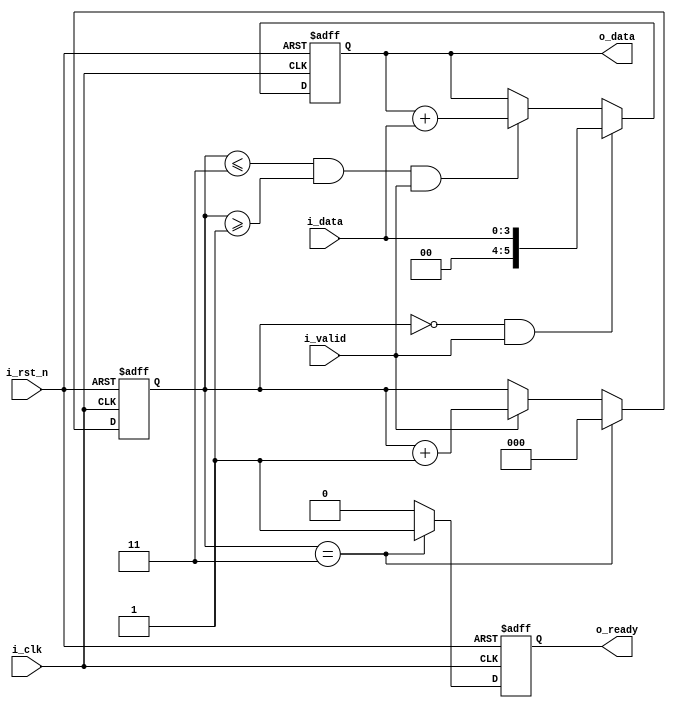
`timescale 1 ns/100 ps

//#1clkq
module add(
	input i_clk,			//	
	input i_rst_n,      //
	input [3:0] i_data,        // 
	input i_valid,      //
	output reg [5:0] o_data,        //
	output reg o_ready       //
 );
 
	reg [2:0] cnt;
	wire [5:0] data;
	
	assign data = {{2{i_data[3]}},i_data};  //
	
	always@(posedge i_clk, negedge i_rst_n) begin
		if(~i_rst_n)
			cnt <= #1 3'b0;
		else if(cnt == 3)
			cnt <= #1 3'b0;
		else if(i_valid)
			cnt <= #1 cnt + 1'b1;
		else
			cnt <= #1 cnt;
	end
	
	always@(posedge i_clk, negedge i_rst_n) begin
		if(!i_rst_n) begin
			o_data <= #1 6'b0;
		end
		else if(cnt == 0 && i_valid)
			o_data <= #1 i_data;
		else if((cnt <= 3 && cnt >= 1) && i_valid) begin
			o_data <= #1 o_data + i_data;  //
		end
		else
			o_data <= o_data;
	end
	
	always@(posedge i_clk, negedge i_rst_n) begin
		if(!i_rst_n) begin
			o_ready <= #1 1'b0;
		end
		else if(cnt == 3)
			o_ready <= #1 1'b1;
		else
			o_ready <= #1 1'b0;
	end
	
endmodule